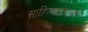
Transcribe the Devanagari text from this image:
साहित्यसंग्रहाचे